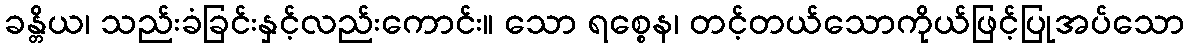
ခန္တိယ၊ သည်းခံခြင်းနှင့်လည်းကောင်း။ သော ရစ္စေန၊ တင့်တယ်သောကိုယ်ဖြင့်ပြုအပ်သော